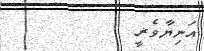
އަނިޔާވެރީ